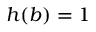
h ( b ) = 1